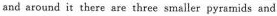
and around it there are three smaller pyramids and